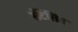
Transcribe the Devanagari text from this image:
सेंटेंसिंग